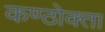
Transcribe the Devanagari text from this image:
कण्ठोक्ता